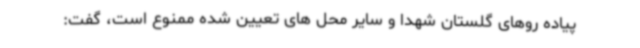
پیاده روهای گلستان شهدا و سایر محل های تعیین شده ممنوع است، گفت: